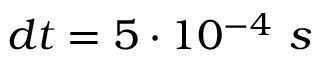
d t = 5 \cdot 1 0 ^ { - 4 } \ s